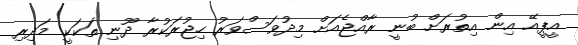
އީޕީއޭ އިން އިތުރަށް ބުނީ ރާއްޖެއަށް މިދުވަސްވަރު ހިޖުރަކުރާ ދޫނި ތަކަކީ މަދިރި